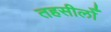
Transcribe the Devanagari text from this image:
तहसीलोँ